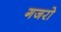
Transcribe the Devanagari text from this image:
गजरो